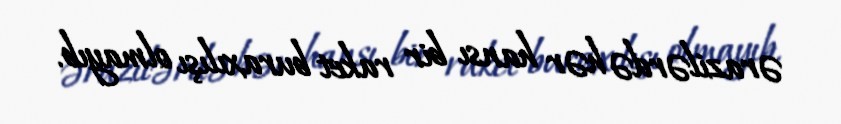
ərazilərdə hər hansı bir raket buraxılışı olmayıb.